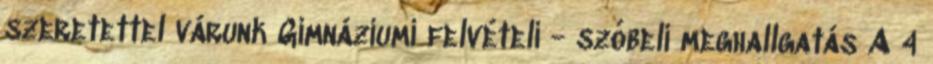
szeretettel várunk Gimnáziumi felvételi - szóbeli meghallgatás A 4